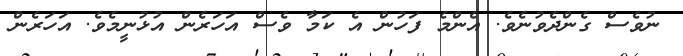
ނުވެސް ގެންދެވުނެވެ. އެންމެ ފަހުން އެ ކަމާ ވެސް އަހަރެން އުޅުނީމެވެ. އަހަރެން